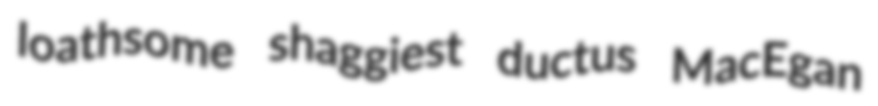
loathsome shaggiest ductus MacEgan